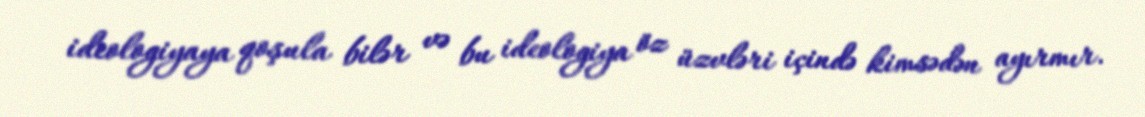
ideologiyaya qoşula bilər və bu ideologiya öz üzvləri içində kimsədən ayırmır.